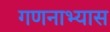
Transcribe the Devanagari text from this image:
गणनाभ्यास